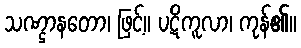
သဏ္ဌာနတော၊ ဖြင့်။ ပဋိကူလာ၊ ကုန်၏။